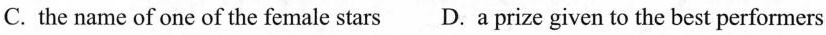
C.the name of one of the female stars D.a prize given to the best performers